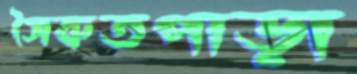
সৈকতপাড়া